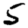
Digit: 5